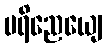
ပရိညေယျေ